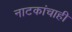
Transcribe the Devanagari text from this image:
नाटकांचाही